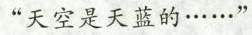
“天空是天蓝的……”